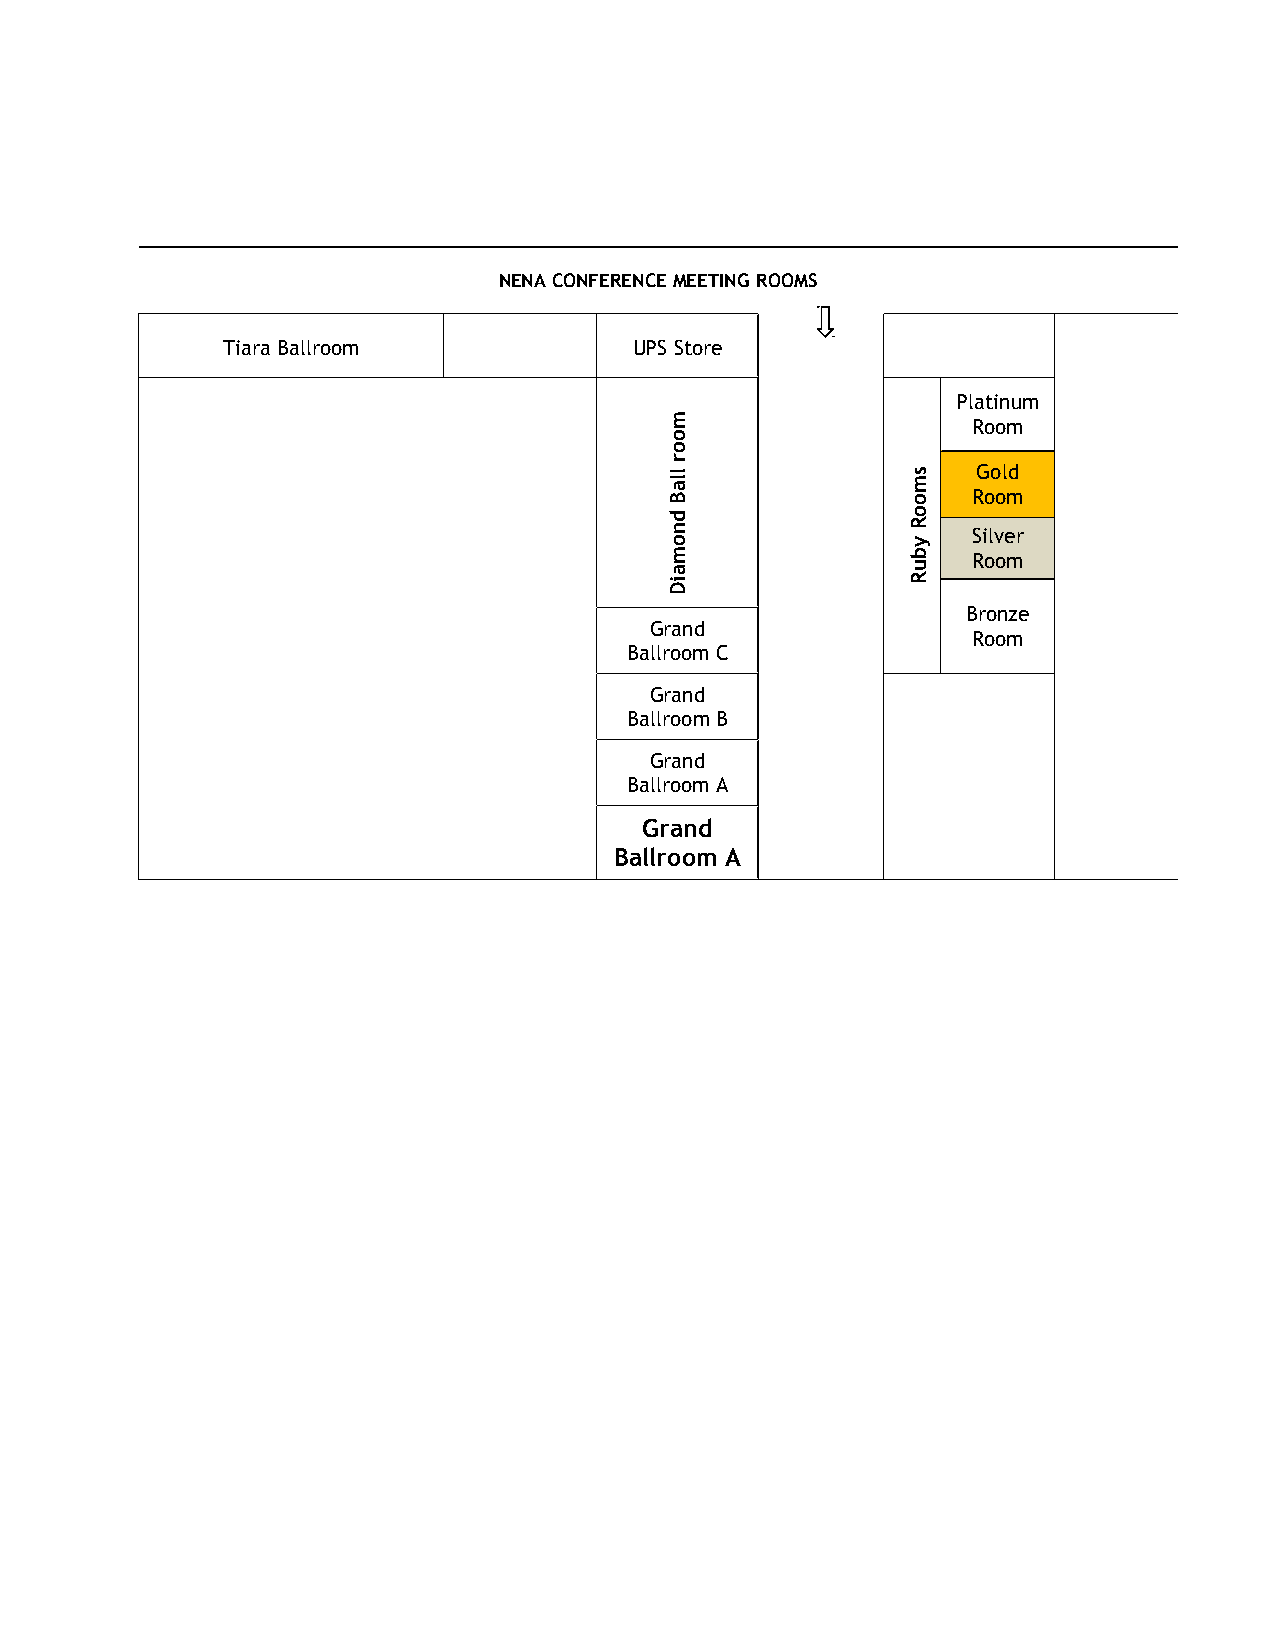
NENA CONFERENCE MEETING ROOMS
 Tiara Ballroom             UPS Store
 Platinum
 Room
 Gold
 Room
 Silver
 Room
 Bronze
 Grand
 Room
 Ballroom C
 Grand
 Ballroom B
 Grand
 Ballroom A
 Grand
 Ballroom A
 moor
 llaB
 dnomaiD
 smooR
 ybuR